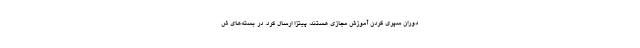
دوران سپری کردن آموزش مجازی هستند، پیتزا ارسال کرد. در بسته‌های ش